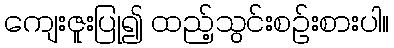
ကျေးဇူးပြု၍ ထည့်သွင်းစဉ်းစားပါ။